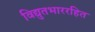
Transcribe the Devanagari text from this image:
विद्युतभाररहित